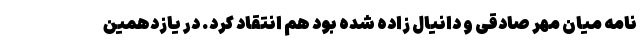
نامه میان مهر صادقی و دانیال زاده شده بود هم انتقاد کرد. در یازدهمین